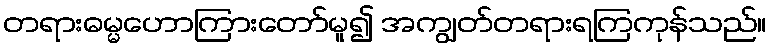
တရားဓမ္မဟောကြားတော်မူ၍ အကျွတ်တရားရကြကုန်သည်။